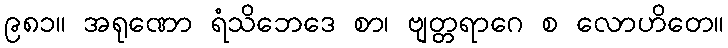
၉၈၁။ အရုဏော ရံသိဘေဒေ စာ၊ ဗျတ္တရာဂေ စ လောဟိတေ။